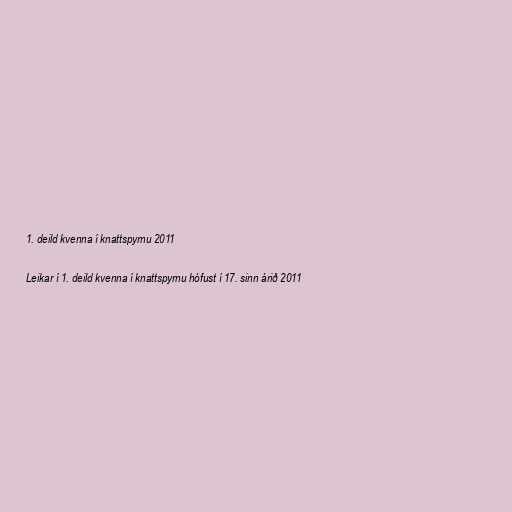
1. deild kvenna í knattspyrnu 2011

Leikar í 1. deild kvenna í knattspyrnu hófust í 17. sinn árið 2011